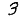
Digit: 3